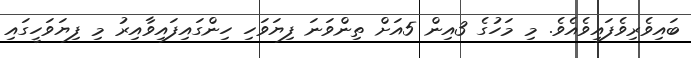
ބައިވެރިވެފައިވެއެވެ. މި މަހުގެ 3އިން 5އަށް ތިންވަނަ ފިޔަވަހި ހިންގައިފައިވާއިރު މި ފިޔަވަހީގައި